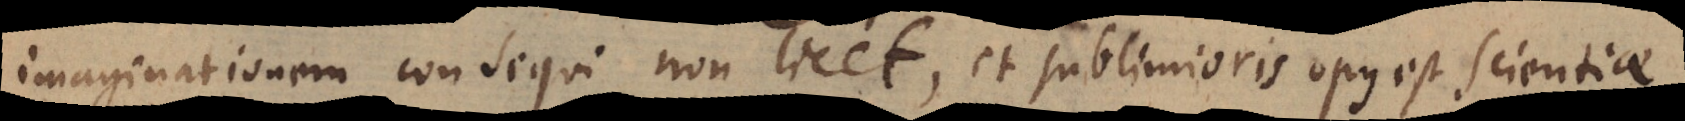
imaginationem consequi non licet, et sublimioris opus est scientiae